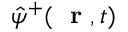
\hat { \psi } ^ { + } ( \mathrm { ~ \bf ~ r ~ } , t )